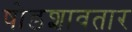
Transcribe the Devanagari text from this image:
षोडशावतार